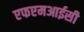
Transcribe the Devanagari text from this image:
एफएमआईसी